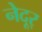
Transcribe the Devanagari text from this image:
नेदूर्